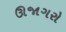
ઊજાગરો